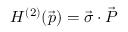
H ^ { ( 2 ) } ( \vec { p } ) = \vec { \sigma } \cdot \vec { P }